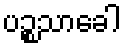
ပဉ္စသာခေါ